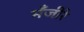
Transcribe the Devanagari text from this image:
मँजीरे